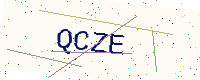
Text: QCZE